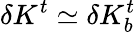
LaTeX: \delta K^{t}\simeq\delta K_{b}^{t}